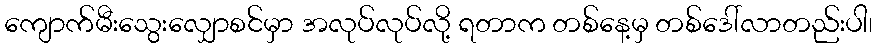
ကျောက်မီးသွေးလျှောစင်မှာ အလုပ်လုပ်လို့ ရတာက တစ်နေ့မှ တစ်ဒေါ်လာတည်းပါ၊